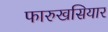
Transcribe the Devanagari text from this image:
फारुखसियार